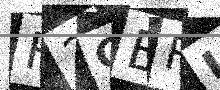
Text: F3CERU